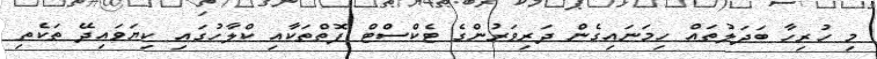
މި ހުރިހާ ބަދަލުތައް ހިމަނައިގެން ދަރިވަރުންގެ ޓެކްސްޓް ފޮތްތަކާއި ކްލާހުގައި ކިޔަވައިދޭ ތަކެތި